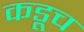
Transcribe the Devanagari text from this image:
कडूच